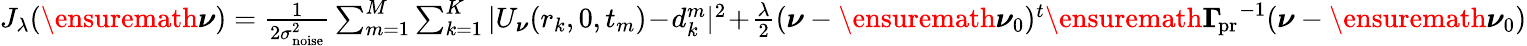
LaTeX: \begin{array}{r}{J_{\lambda}(\ensuremath{\boldsymbol\nu})={\frac{1}{2\sigma_{\mathrm{noise}}^{2}}}\sum_{m=1}^{M}\sum_{k=1}^{K}|U_{\boldsymbol\nu}(r_{k},0,t_{m})\! -\! d_{k}^{m}|^{2}\! +\! {\frac{\lambda}{2}}(\boldsymbol\nu-\ensuremath{\boldsymbol\nu}_{0})^{t}\ensuremath{\boldsymbol\Gamma_{\! \mathrm{pr}}}^{-1}(\boldsymbol\nu-\ensuremath{\boldsymbol\nu}_{0})}\end{array}